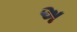
અ